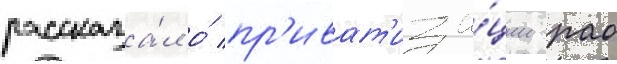
рассказа́л о́ пр'иват'иза́ции рао